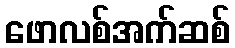
ဖောလစ်အက်ဆစ်